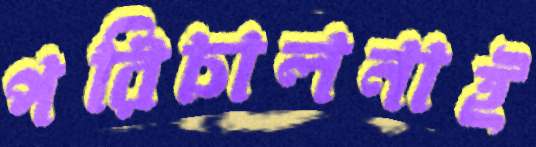
পরিচালনাই